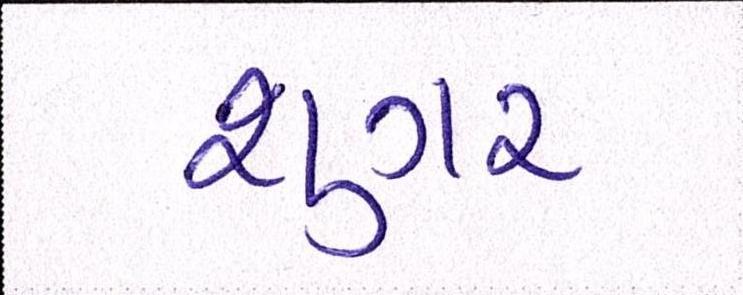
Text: શુગર